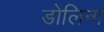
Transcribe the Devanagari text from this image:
डोलिना